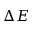
\Delta E